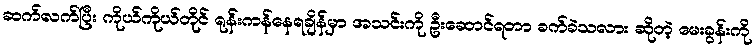
ဆက်လက်ပြီး ကိုယ်ကိုယ်တိုင် ရုန်းကန်နေရချိန်မှာ အသင်းကို ဦးဆောင်ရတာ ခက်ခဲသလား ဆိုတဲ့ မေးခွန်းကို